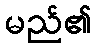
မည်၏